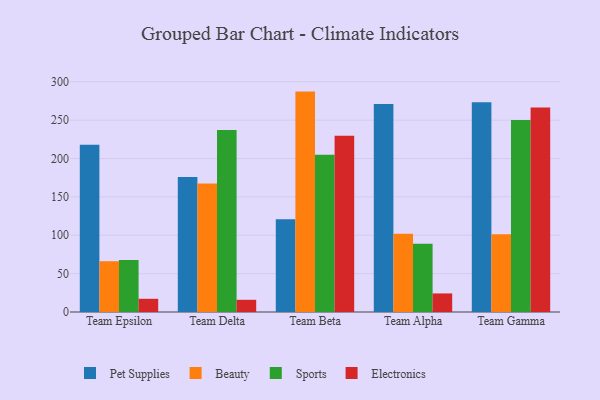
{"axis": {"x": "Team", "y": "Backlog"}, "legend": ["Beauty", "Electronics", "Pet Supplies", "Sports"], "data": [{"x": "Team Epsilon", "y": 217.9, "type": "Pet Supplies"}, {"x": "Team Epsilon", "y": 66.2, "type": "Beauty"}, {"x": "Team Epsilon", "y": 67.7, "type": "Sports"}, {"x": "Team Epsilon", "y": 17.2, "type": "Electronics"}, {"x": "Team Delta", "y": 175.8, "type": "Pet Supplies"}, {"x": "Team Delta", "y": 167.6, "type": "Beauty"}, {"x": "Team Delta", "y": 237.3, "type": "Sports"}, {"x": "Team Delta", "y": 15.9, "type": "Electronics"}, {"x": "Team Beta", "y": 120.9, "type": "Pet Supplies"}, {"x": "Team Beta", "y": 287.2, "type": "Beauty"}, {"x": "Team Beta", "y": 204.9, "type": "Sports"}, {"x": "Team Beta", "y": 229.7, "type": "Electronics"}, {"x": "Team Alpha", "y": 271.1, "type": "Pet Supplies"}, {"x": "Team Alpha", "y": 102.1, "type": "Beauty"}, {"x": "Team Alpha", "y": 89.0, "type": "Sports"}, {"x": "Team Alpha", "y": 24.2, "type": "Electronics"}, {"x": "Team Gamma", "y": 273.2, "type": "Pet Supplies"}, {"x": "Team Gamma", "y": 101.2, "type": "Beauty"}, {"x": "Team Gamma", "y": 250.3, "type": "Sports"}, {"x": "Team Gamma", "y": 266.4, "type": "Electronics"}]}